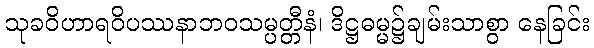
သုခဝိဟာရဝိပဿနာဘဝသမ္ပတ္တီနံ၊ ဒိဋ္ဌဓမ္မ၌ချမ်းသာစွာ နေခြင်း